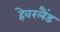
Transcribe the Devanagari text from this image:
हेवरलैंड